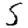
Digit: 5